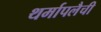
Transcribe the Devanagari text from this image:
थर्मापलैची